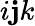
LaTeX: i\mathbf{j}k